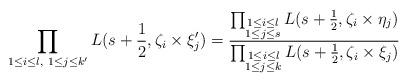
LaTeX: \begin{align*}\prod_{1\leq i\leq l,~ 1\leq j \leq k'}L(s+\frac{1}{2}, \zeta_i\times \xi'_j)=\frac{\prod_{\substack{1\leq i\leq l \\ 1\leq j \leq s}}L(s+\frac{1}{2}, \zeta_i\times \eta_j)}{\prod_{\substack{1\leq i \leq l\\ 1\leq j\leq k}}L(s+\frac{1}{2},\zeta_i\times\xi_j)}\end{align*}